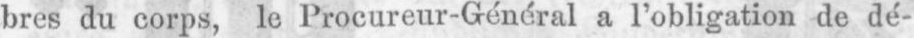
bres du corps, le Procureur-Général a l’obligation de dé-